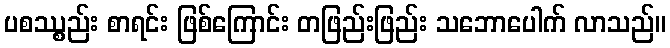
ပစဿ္စည်း စာရင်း ဖြစ်ကြောင်း တဖြည်းဖြည်း သဘောပေါက် လာသည်။